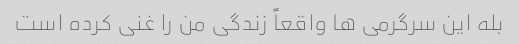
بله این سرگرمی ها واقعاً زندگی من را غنی کرده است